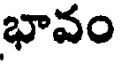
భావం